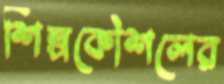
শিল্পকৌশলের